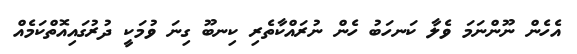
އެހެން ނޫންނަމަ ވެލާ ކަނހަބު ހެން ނުރައްކާތެރި ކިނބޫ ގިނަ ވުމަކީ ދުރުގައިއޮތްކަމެއް